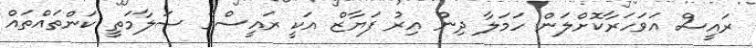
ރައީސް އަވަހަރާކޮށްލަން ހަމަލާ ދިން އިރު ފަޔާޒް އަކީ ރައީސްގެ ސަލާމަތީ ކަންތައްތައް